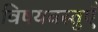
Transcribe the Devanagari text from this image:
विषयवस्तुएँ